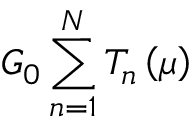
G _ { 0 } \sum _ { n = 1 } ^ { N } T _ { n } \left( \mu \right)